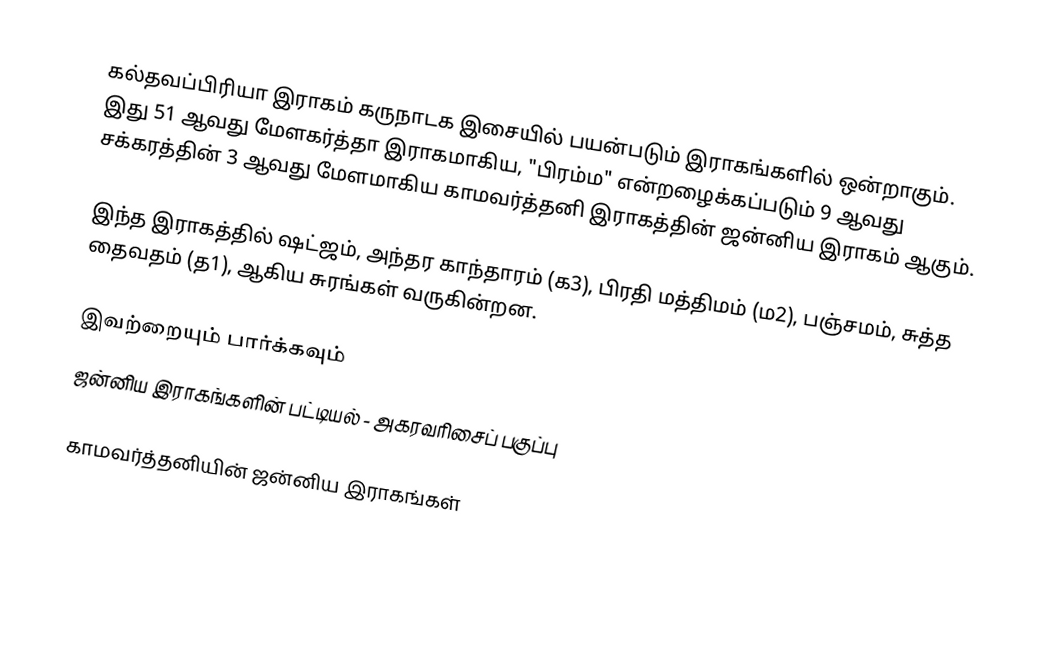
கல்தவப்பிரியா இராகம் கருநாடக இசையில் பயன்படும் இராகங்களில் ஒன்றாகும். இது 51 ஆவது மேளகர்த்தா இராகமாகிய, "பிரம்ம" என்றழைக்கப்படும் 9 ஆவது சக்கரத்தின் 3 ஆவது மேளமாகிய காமவர்த்தனி இராகத்தின் ஜன்னிய இராகம் ஆகும்.

இந்த இராகத்தில் ஷட்ஜம், அந்தர காந்தாரம் (க3), பிரதி மத்திமம் (ம2), பஞ்சமம்,  சுத்த தைவதம் (த1), ஆகிய சுரங்கள் வருகின்றன.

இவற்றையும் பார்க்கவும்
 ஜன்னிய இராகங்களின் பட்டியல் - அகரவரிசைப் பகுப்பு

காமவர்த்தனியின் ஜன்னிய இராகங்கள்